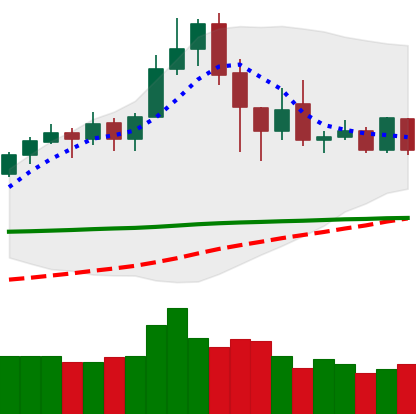
Ticker: XLM-USD
Chart end date: 2020-02-24
Forward return: -17.187%
Label: down_7plus